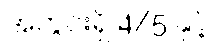
အတွင်းရှိ 4/5 နှင့်